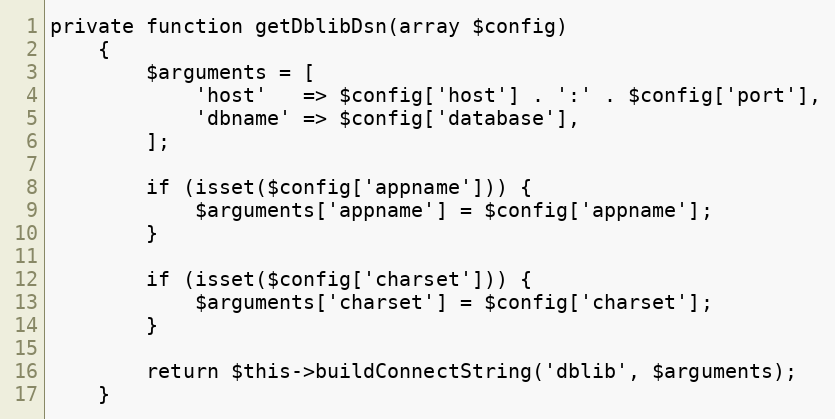
Language: PHP
private function getDblibDsn(array $config)
    {
        $arguments = [
            'host'   => $config['host'] . ':' . $config['port'],
            'dbname' => $config['database'],
        ];

        if (isset($config['appname'])) {
            $arguments['appname'] = $config['appname'];
        }

        if (isset($config['charset'])) {
            $arguments['charset'] = $config['charset'];
        }

        return $this->buildConnectString('dblib', $arguments);
    }